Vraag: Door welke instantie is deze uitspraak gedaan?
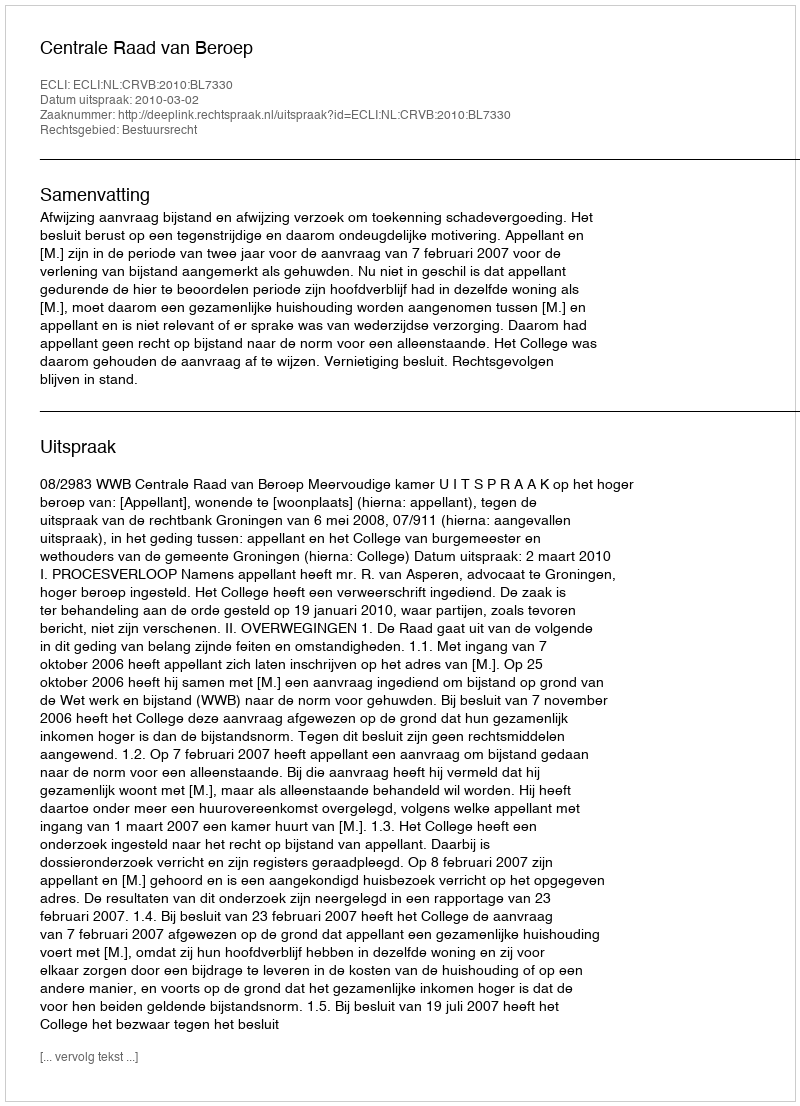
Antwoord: Centrale Raad van Beroep